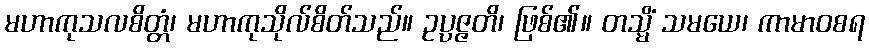
မဟာကုသလစိတ္တံ၊ မဟာကုသိုလ်စိတ်သည်။ ဥပ္ပဇ္ဇတိ၊ ဖြစ်၏။ တသ္မိံ သမယေ၊ ကာမာဝစရ